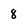
Character: 8